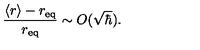
\frac { \langle r \rangle - r _ { \mathrm { e q } } } { r _ { \mathrm { e q } } } \sim O ( { \sqrt \hbar } ) .